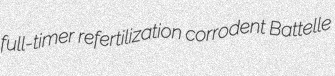
full-timer refertilization corrodent Battelle